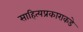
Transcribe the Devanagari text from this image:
साहित्यप्रकाराकडे